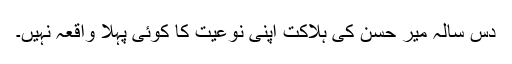
دس سالہ میر حسن کی ہلاکت اپنی نوعیت کا کوئی پہلا واقعہ نہیں۔